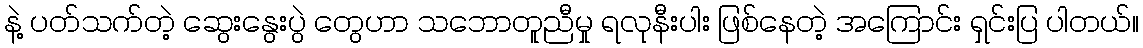
နဲ့ ပတ်သက်တဲ့ ဆွေးနွေးပွဲ တွေဟာ သဘောတူညီမှု ရလုနီးပါး ဖြစ်နေတဲ့ အကြောင်း ရှင်းပြ ပါတယ်။